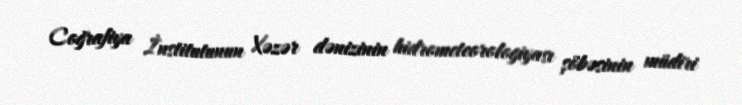
Coğrafiya İnstitutunun Xəzər dənizinin hidrometeorologiyası şöbəsinin müdiri